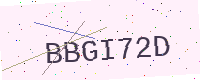
Text: BBGI72D